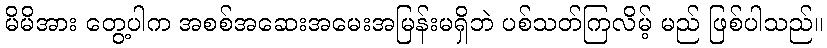
မိမိအား တွေ့ပါက အစစ်အဆေးအမေးအမြန်းမရှိဘဲ ပစ်သတ်ကြလိမ့် မည် ဖြစ်ပါသည်။